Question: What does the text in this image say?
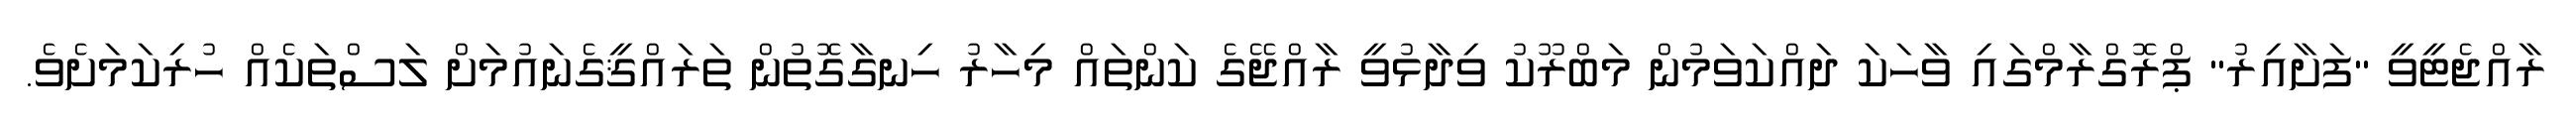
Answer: ރާއްޖެޓީވީ "ފަށާއިރު" ޕްރޮގްރާމްގައި ވާހަކަ ދައްކަވަމުން މަބްރޫކު ވިދާޅުވީ ރާއްޖޭގެ ކަންތައް މިހާރު ހިނގާގޮތުން ތަރައްޤީގެނައުމަށް ލަސްތަކެއް ހުރިކަމަށެވެ.